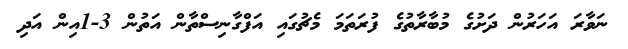
ނަވާރަ އަހަރުން ދަށުގެ މުބާރާތުގެ ފުރަތަމަ މެޗުގައި އަފްގާނިސްތާން އަތުން 3-1އިން އަދި